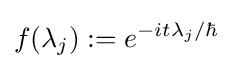
f(\lambda _{j}):=e^{-it\lambda _{j}/\hbar }